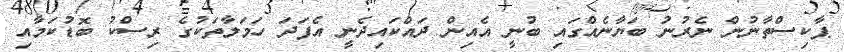
ޕާކިސްތާނުން ނެރުނު ބަޔާނެއްގައި ބުނީ އެއިން ދައްކައިދެނީ އެފަދަ ހަމަލާތަކުގެ ރިސްކު ބޮޑުކަމާއި